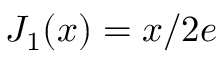
J _ { 1 } ( x ) = { x } / { 2 e }